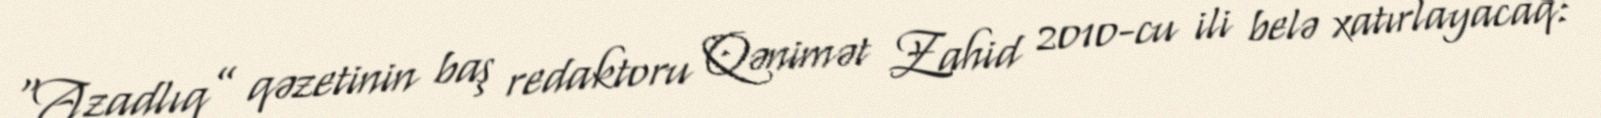
“Azadlıq” qəzetinin baş redaktoru Qənimət Zahid 2010-cu ili belə xatırlayacaq: